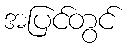
အပြင်တွင်